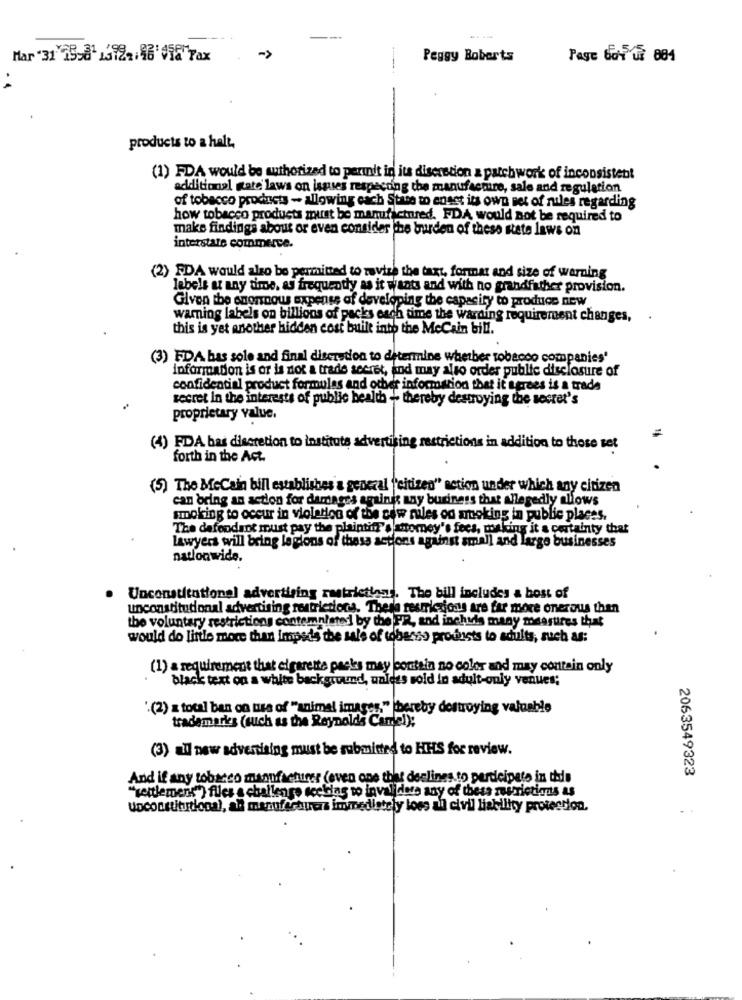
Mar "31 7598 13722:46'198 Tax
Peggy Boberts
Page 601 98 884
products to a halt,
(1) FDA would be authorized to perunit in its discretion & patchwork of inconsistent
additional gate laws on issues respecting the manufacture, sale and regulation
of tobacco products - allowing each Stars to ensst its own set of rules regarding
how tobacco products must be manufactured. FDA would not be required to
maks findings about or even consider the burden of these state laws on
interstate commerce.
(2) FDA would also be permitted to revise the taxt, format and size of warning
labels at any time. as frequently as it wants and with no grandfather provision.
Given the enormous expense of developing the capacity to produce new
warning labels on billions of packs each time the warding requirement changes,
this is yet another hidden cost built into the MeCain bill.
(3) FDA bas sole and final discretion to determine whether tobacco companies'
information is or is not a trade secret, and may also order public disclosure of
confidential product formules and other information that it agrees is a trade
secret in the interests of public health - thereby destroying the secret's
proprietary value.
=
(4) FDA bas discretion to instituts advertising restrictions in addition to those set
forth in the Act.
(5) The MeCain bill establishes a general "'citizen" action under which any citizen
can bring an action for damages agains any buriness that allegedly allows
smoking to occur in violation of the cow miles od arnoking in public places.
The dafondant must pay the plaintiff's attorney's fees, woking it a certainty that
Lawyers will bring legions of these actions against small and large businesses
nationwide.
Unconstitutional advertising restrictinst. The bill includes a host of
unconstitutional advertising restrictions. These restrictions are far more onerous than
the voluntary restrictions contemnisted by the FR, and inchiis many measures that
would do little more than impsds the sale of tobenss prounsts to adults, such as:
(1) a requirement that elgarette packs may contain no color and may contain only
black text on a white background, unless sold in adult-only venues;
'(2) z total ban on use of "animal images," ihereby destroying valuable
trademarkes (such as the Reynolds Candel);
(3) all new advertising must be submitted to HIS for review.
2063549323
And if any tobacco manufacturer (even one that declines to participate in thele
"settlement"} files a challenge seeking to invalidora any of these restrictions as
unconstitutional, al manufacturers invmediately loss all civil liability protection.
. .